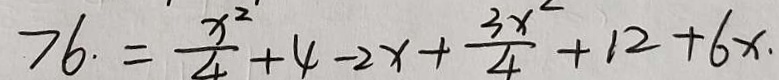
7 6 . = \frac { x ^ { 2 } } { 4 } + 4 - 2 x + \frac { 3 x } { 4 } + 1 2 + 6 x .